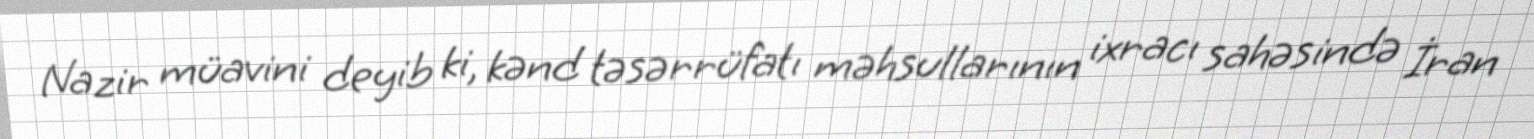
Nazir müavini deyib ki, kənd təsərrüfatı məhsullarının ixracı sahəsində İran